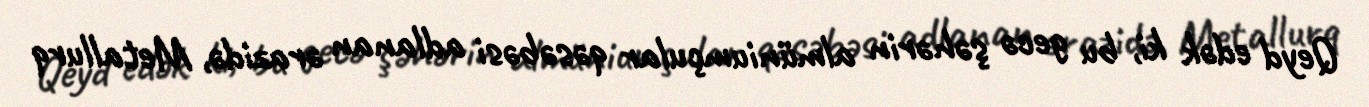
Qeyd edək ki, bu gecə şəhərin almüniumçular qəsəbəsi adlanan ərazidə, Metallurq